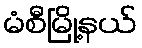
မံစီမြို့နယ်